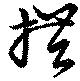
措